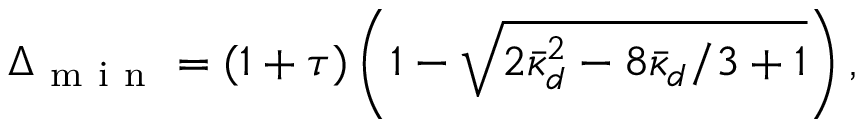
\Delta _ { \mathrm { ~ m ~ i ~ n ~ } } = ( 1 + \tau ) \left( 1 - \sqrt { 2 \bar { \kappa } _ { d } ^ { 2 } - 8 \bar { \kappa } _ { d } / 3 + 1 } \right) ,